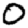
Digit: 0